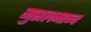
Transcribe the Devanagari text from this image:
मुसलमान्द